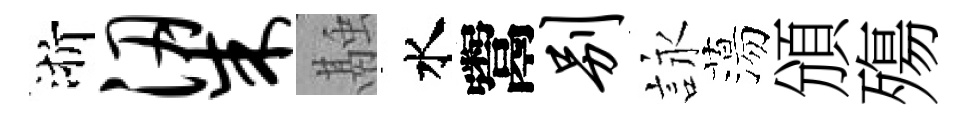
浙梁融水鬻别詠蕩頒殤